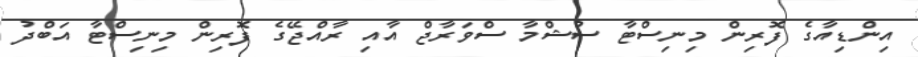
އިންޑިއާގެ ފޮރިން މިނިސްޓާ ސުޝްމާ ސްވަރާޖް އާއި ރާއްޖޭގެ ފޮރިން މިނިސްޓާ އަބްދު